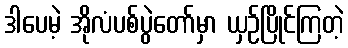
ဒါပေမဲ့ အိုလံပစ်ပွဲတော်မှာ ယှဉ်ပြိုင်ကြတဲ့